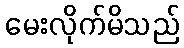
မေးလိုက်မိသည်